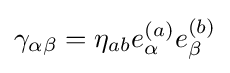
\gamma _{\alpha \beta }=\eta _{ab}e_{\alpha }^{(a)}e_{\beta }^{(b)}